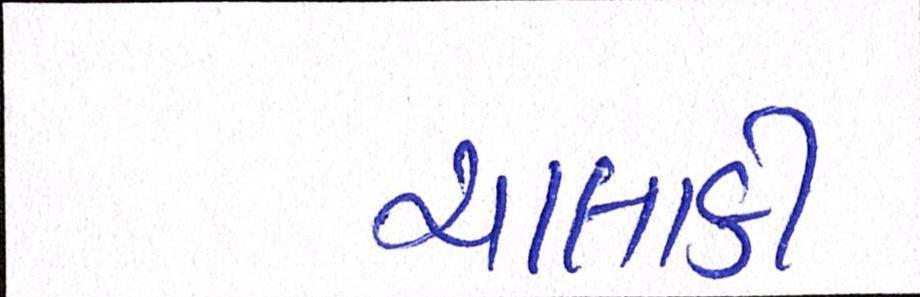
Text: ચાલાકી